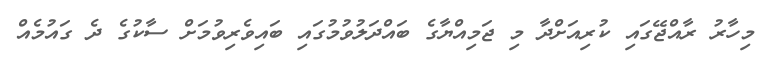
މިހާރު ރާއްޖޭގައި ކުރިއަށްދާ މި ޖަމިއްޔާގެ ބައްދަލުވުމުގައި ބައިވެރިވުމަށް ސާކުގެ ދެ ގައުމެއް